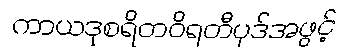
ကာယဒုစရိတဝိရတီပုဒ်အဖွင့်